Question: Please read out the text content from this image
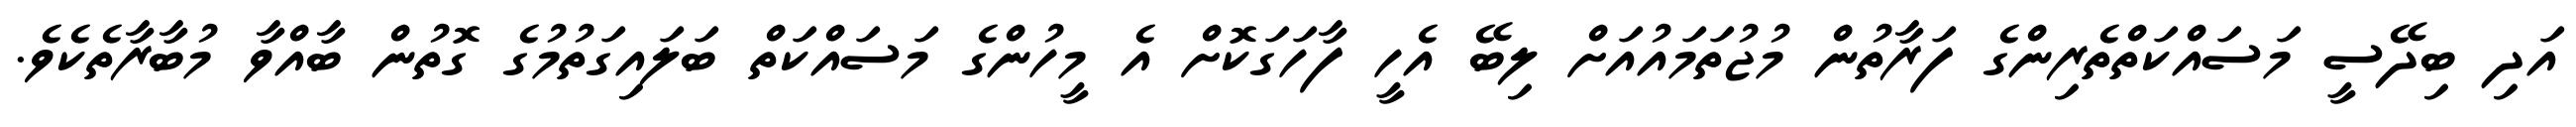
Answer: އަދި ބިދޭސީ މަސައްކަތްތެރިންގެ ފަރާތުން މުޖުތަމައުއަށް ލިބޭ އެހީ ފާހަގަކޮށް އެ މީހުންގެ މަސައްކަތް ބަލައިގަތުމުގެ ގޮތުން ބާއްވާ މުބާރާތެކެވެ.